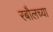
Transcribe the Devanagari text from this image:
रबौलच्या